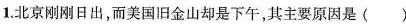
1.北京刚刚日出，而美国旧金山却是下午，其主要原因是( )